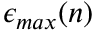
\epsilon _ { m a x } ( n )